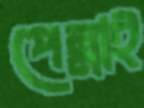
পেন্নাই